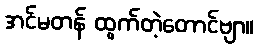
အင်မတန် ထွက်တဲ့တောင်ဗျာ။